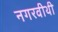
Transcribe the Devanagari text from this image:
नगरवीथी